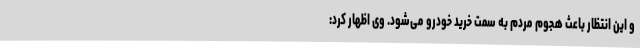
و این انتظار باعث هجوم مردم به سمت خرید خودرو می‌شود. وی اظهار کرد: